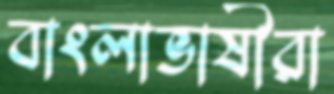
বাংলাভাষীরা